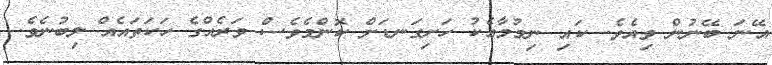
އޭނަ ބޭނުން ވިއެވެ. ކައި ނިމުމާއެކު ހަށިގަނޑަށް ކޮންމެވެސް ވަރެއްގެ ހަކަތައެއް ލިބުނެވެ.